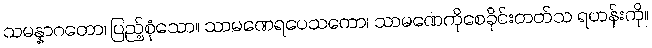
သမန္နာဂတော၊ ပြည့်စုံသော။ သာမဏေရပေသကော၊ သာမဏေကိုစေခိုင်းတတ်သ ရဟန်းကို။